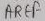
Text: AREF